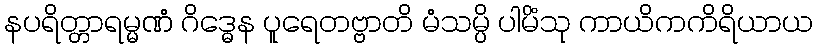
နပရိတ္တာရမ္မဏံ ဂိဒ္ဓေန ပူရေတဗ္ဗာတိ မံသမ္ပိ ပါမိံသု ကာယိကကိရိယာယ